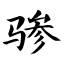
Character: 骖